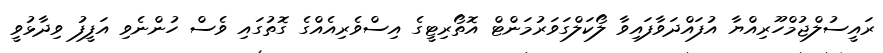
ރައީސުލްޖުމްހޫރިއްޔާ އުފައްދަވާފައިވާ ލޯކަލްގަވަރުމަންޓް އޮތޯރިޓީގެ އިސްވެރިއެއްގެ ގޮތުގައި ވެސް ހުންނެވި އަފީފު ވިދާޅުވީ